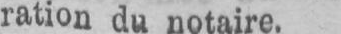
ration du notaire.